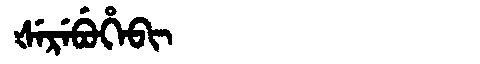
Manchu: ᡧᡝᡵᡝᠪᡠᡥᡝᠪᡳ
Romanization: ŠEREBUHEBI